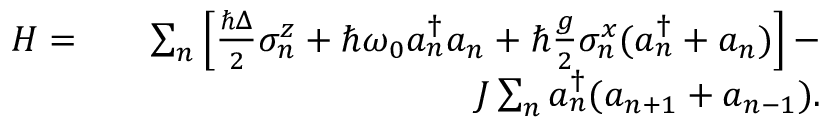
\begin{array} { r l r } { H = } & { } & { \sum _ { n } \left[ \frac { \hbar \Delta } { 2 } \sigma _ { n } ^ { z } + \hbar \omega _ { 0 } a _ { n } ^ { \dagger } a _ { n } + \hbar \frac { g } { 2 } \sigma _ { n } ^ { x } ( a _ { n } ^ { \dagger } + a _ { n } ) \right] - } \\ & { } & { J \sum _ { n } a _ { n } ^ { \dagger } ( a _ { n + 1 } + a _ { n - 1 } ) . } \end{array}